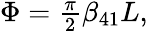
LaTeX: \begin{array}{r}{\Phi=\frac{\pi}{2}\beta_{41}L,}\end{array}